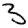
Digit: 3